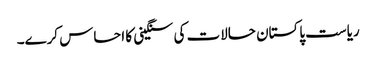
ریاست پاکستان حالات کی سنگینی کا احساس کرے۔